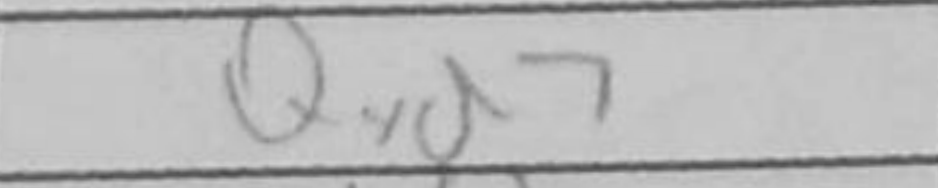
Transcription: Qxd7